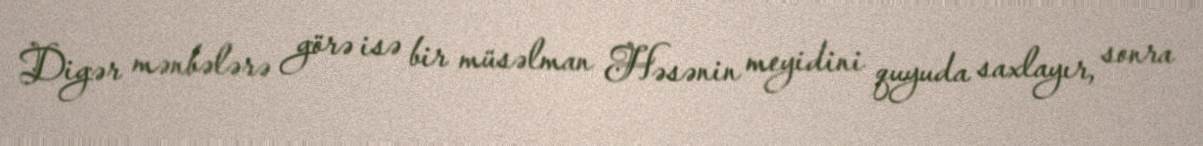
Digər mənbələrə görə isə bir müsəlman Həsənin meyidini quyuda saxlayır, sonra